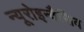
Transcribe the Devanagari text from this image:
न्यूरोइन्वैसिव